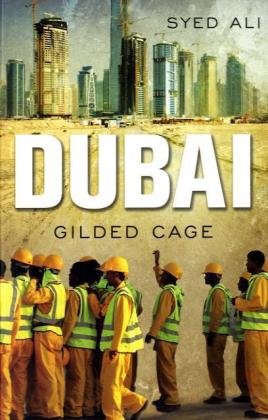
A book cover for Dubai: Gilded Cage; Syed Ali; History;